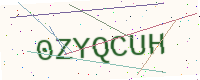
Text: 0ZYQCUH